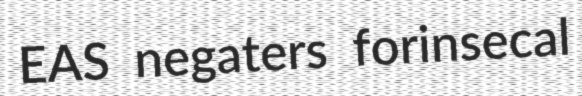
EAS negaters forinsecal